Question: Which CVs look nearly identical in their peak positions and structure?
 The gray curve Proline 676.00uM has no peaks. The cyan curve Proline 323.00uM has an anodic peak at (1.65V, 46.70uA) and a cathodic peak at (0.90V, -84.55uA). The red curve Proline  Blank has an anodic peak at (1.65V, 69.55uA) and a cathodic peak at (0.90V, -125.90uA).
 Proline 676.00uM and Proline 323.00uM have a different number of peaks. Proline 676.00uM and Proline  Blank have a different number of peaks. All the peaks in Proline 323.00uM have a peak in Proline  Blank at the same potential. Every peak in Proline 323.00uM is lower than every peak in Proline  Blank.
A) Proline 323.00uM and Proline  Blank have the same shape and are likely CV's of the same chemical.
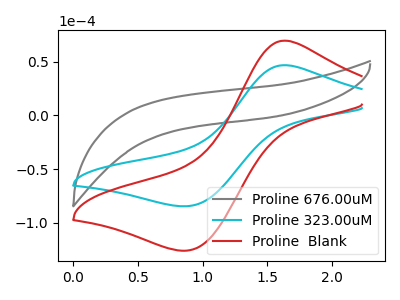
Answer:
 <answer>A) "Proline 323.00uM" and "Proline  Blank" have the same shape and are likely CV's of the same chemical.</answer>
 <eval>A</eval>